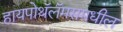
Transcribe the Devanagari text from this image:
हायपोथॅलॅमसमधील